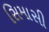
સિમાસી